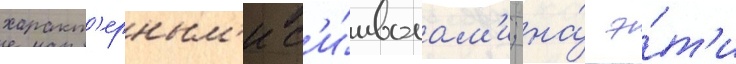
характ'ерным'и с'и́мволам'и; на́ э́т'и